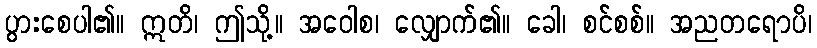
ပွားစေပါ၏။ ဣတိ၊ ဤသို့။ အဝေါစ၊ လျှောက်၏။ ခေါ၊ စင်စစ်။ အညတရောပိ၊